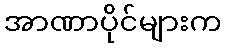
အာဏာပိုင်များက